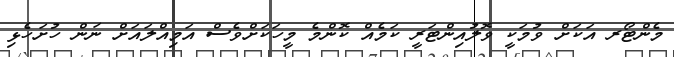
މެންޓޯރ އަކަށް ވުމަކީ ވޮލުއިންޓަރީ ކަމެއް ކޮންމެ މީހަކަށްވެސް އަމިއްލައަށް ނަން ހުށަހެޅި